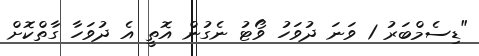
"ޑިސެމްބަރު 1 ވަނަ ދުވަހު ވޯޓު ނެގުން އޮތީ އެ ދުވަހާ ގާތްކޮށް